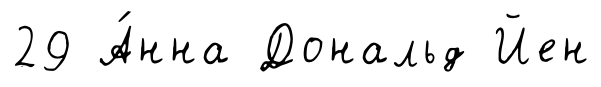
29 А́нна Дональд Йен